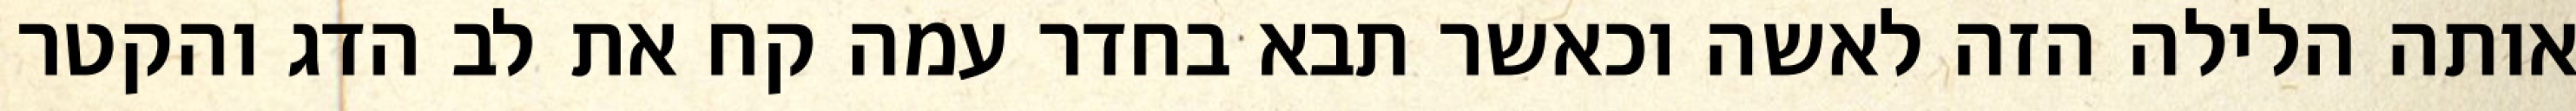
אותה הלילה הזה לאשה וכאשר תבא בחדר עמה קח את לב הדג והקטר